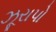
ઝૂરાપો